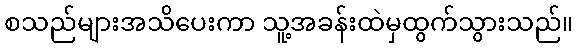
စသည်များအသိပေးကာ သူ့အခန်းထဲမှထွက်သွားသည်။